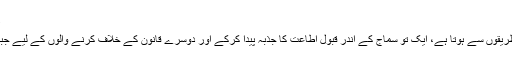
٭تنفیذ/نفاذ/قبولیت کی قوت:
کسی بھی قانون کا نفاذ دوطریقوں سے ہوتا ہے، ایک تو سماج کے اندر قبولِ اطاعت کا جذبہ پیدا کرکے اور دوسرے قانون کے خلاف کرنے والوں کے لیے جبروقوت کا استعمال کرکے۔